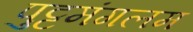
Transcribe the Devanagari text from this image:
पुट्टमंगलम